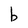
Character: b